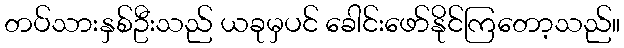
တပ်သားနှစ်ဦးသည် ယခုမှပင် ခေါင်းဖော်နိုင်ကြတော့သည်။